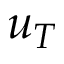
u _ { T }